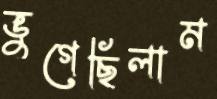
ভুগেছিলাম